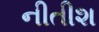
નીતીશ